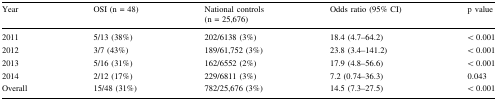
| Year | OSI (n = 48) | National controls (n = 25,676) | Odds ratio (95% CI) | p value |
 | --- | --- | --- | --- | --- |
 | 2011 | 5/13 (38%) | 202/6138 (3%) | 18.4 (4.7–64.2) | < 0.001 |
 | 2012 | 3/7 (43%) | 189/61,752 (3%) | 23.8 (3.4–141.2) | < 0.001 |
 | 2013 | 5/16 (31%) | 162/6552 (2%) | 17.9 (4.8–56.6) | < 0.001 |
 | 2014 | 2/12 (17%) | 229/6811 (3%) | 7.2 (0.74–36.3) | 0.043 |
 | Overall | 15/48 (31%) | 782/25,676 (3%) | 14.5 (7.3–27.5) | < 0.001 |